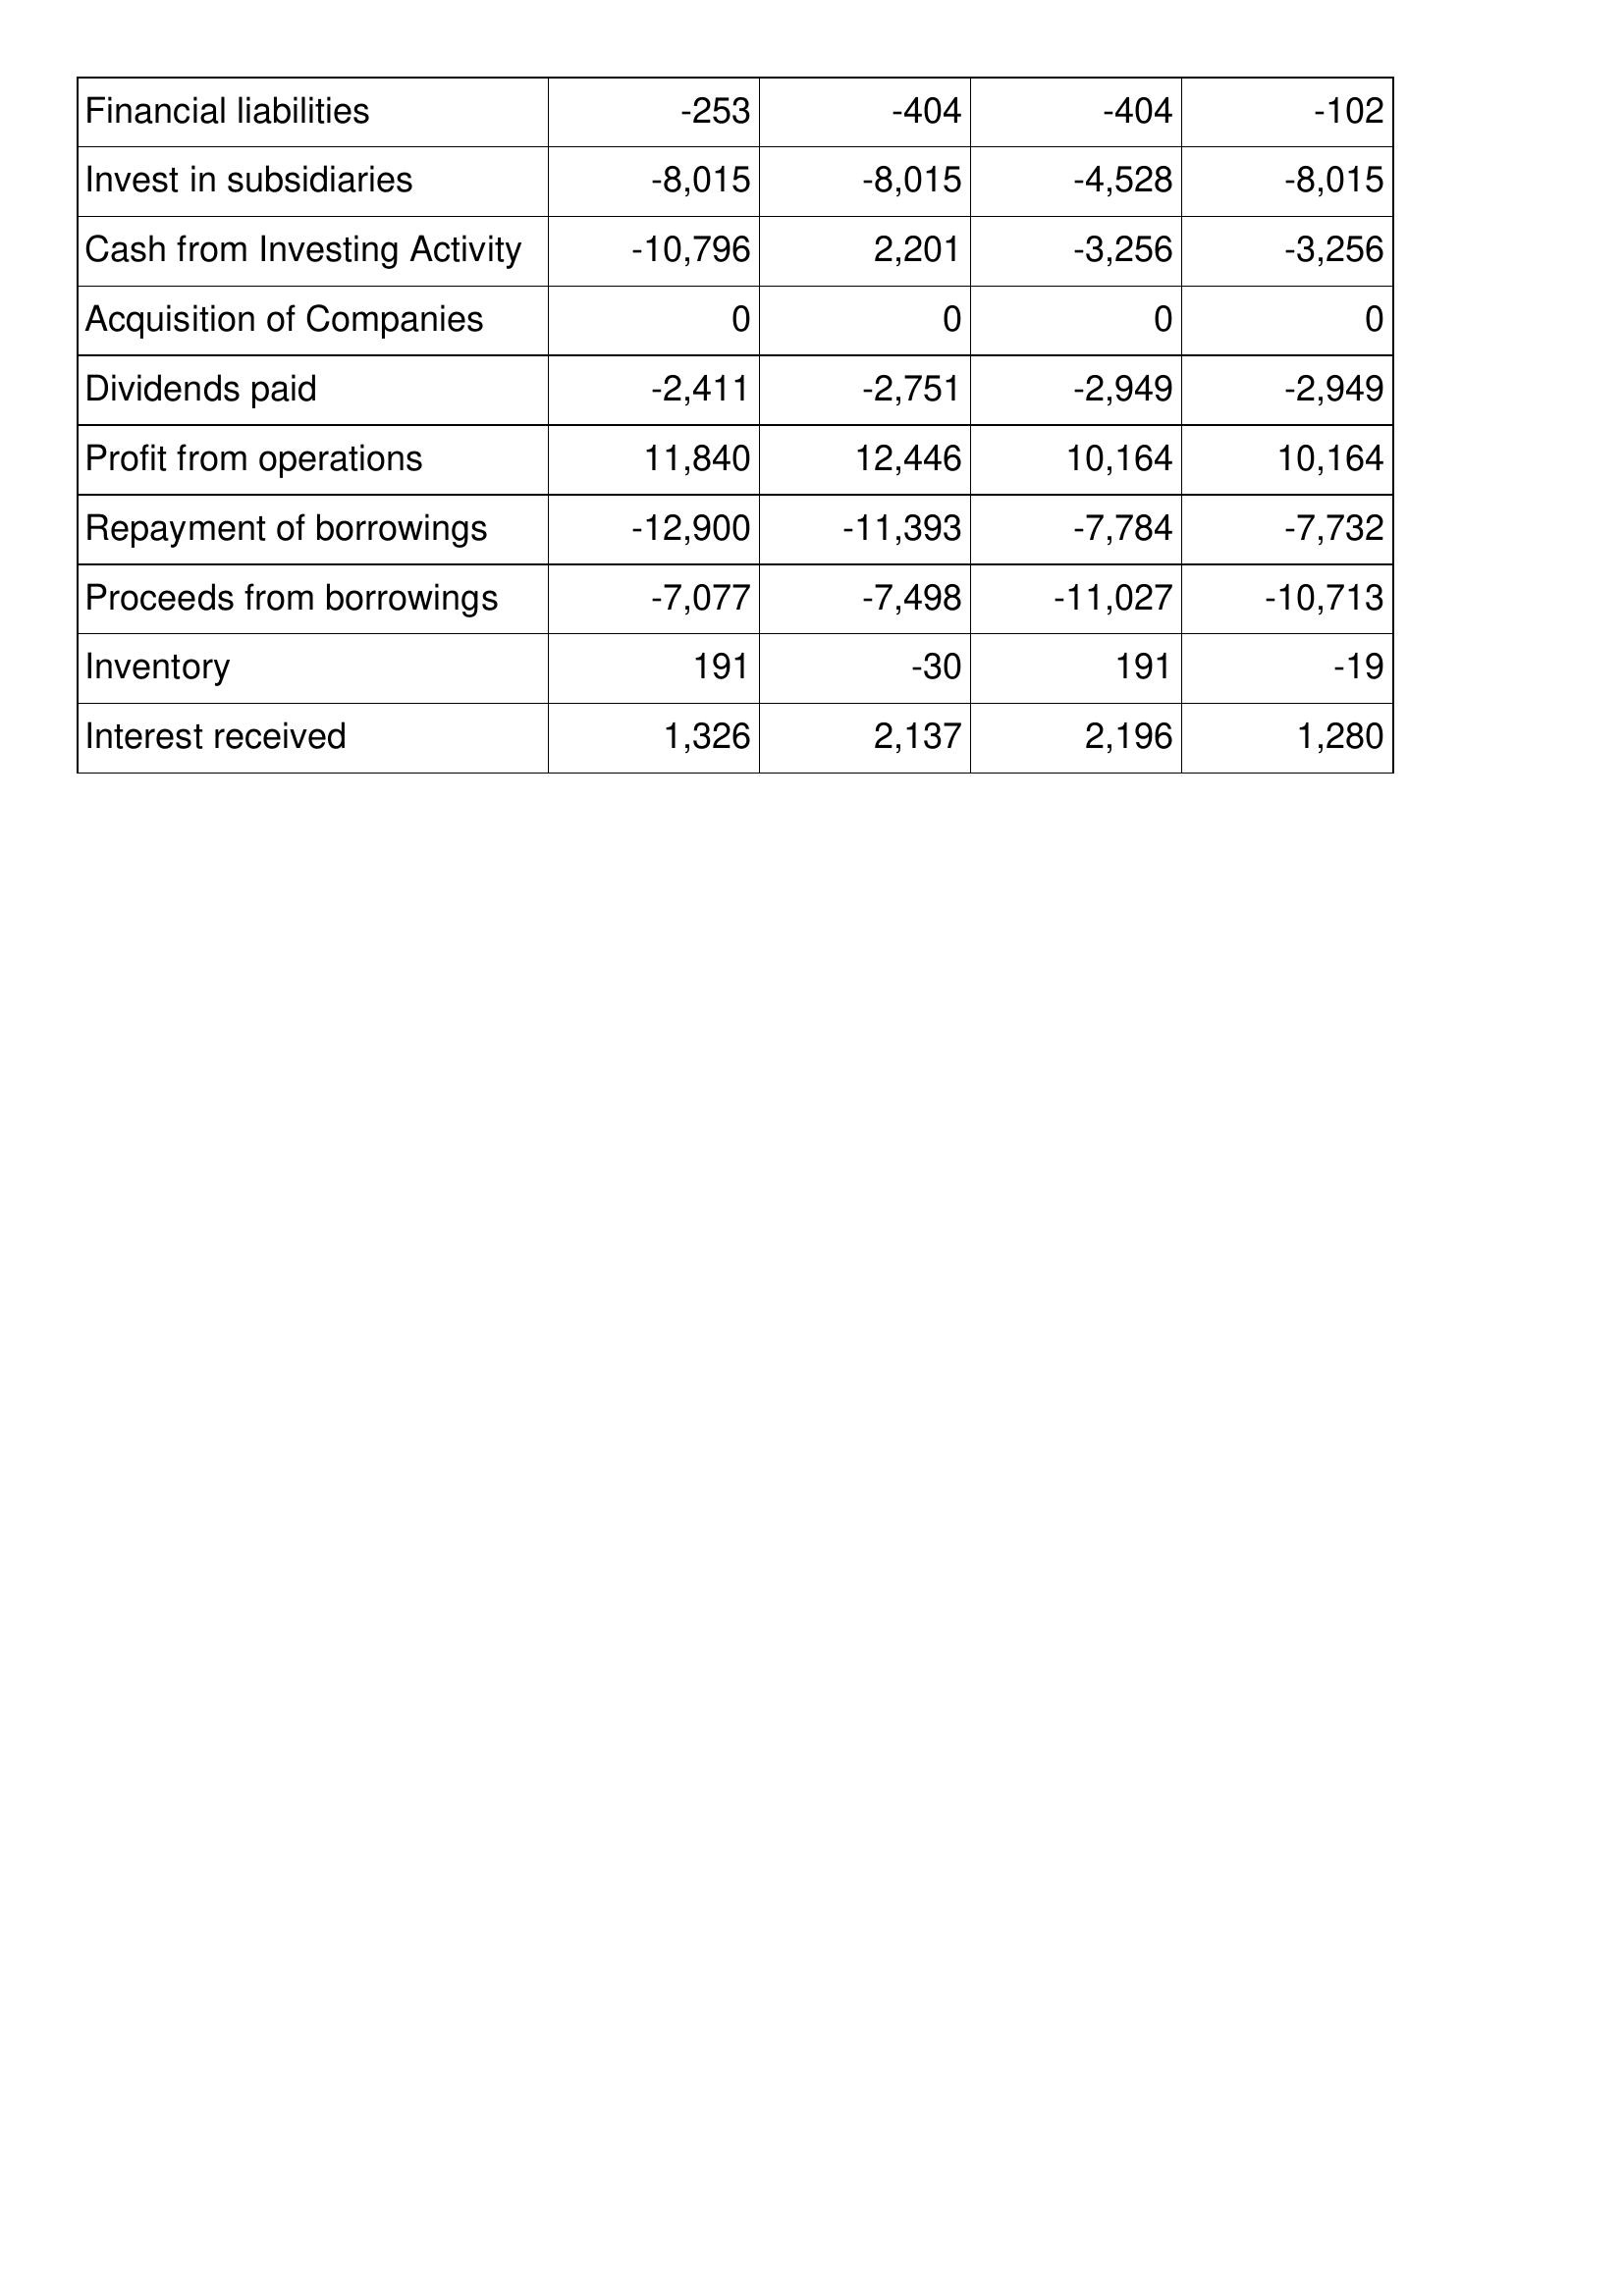
Jan-13: Cash Flows: Financial liabilities: -253
Invest in subsidiaries: -8,015
Cash from Investing Activity: -10,796
Acquisition of Companies: 0
Dividends paid: -2,411
Profit from operations: 11,840
Repayment of borrowings: -12,900
Proceeds from borrowings: -7,077
Inventory: 191
Interest received: 1,326
Jan-12: Cash Flows: Financial liabilities: -404
Invest in subsidiaries: -8,015
Cash from Investing Activity: 2,201
Acquisition of Companies: 0
Dividends paid: -2,751
Profit from operations: 12,446
Repayment of borrowings: -11,393
Proceeds from borrowings: -7,498
Inventory: -30
Interest received: 2,137
Jan-11: Cash Flows: Financial liabilities: -404
Invest in subsidiaries: -4,528
Cash from Investing Activity: -3,256
Acquisition of Companies: 0
Dividends paid: -2,949
Profit from operations: 10,164
Repayment of borrowings: -7,784
Proceeds from borrowings: -11,027
Inventory: 191
Interest received: 2,196
Jan-10: Cash Flows: Financial liabilities: -102
Invest in subsidiaries: -8,015
Cash from Investing Activity: -3,256
Acquisition of Companies: 0
Dividends paid: -2,949
Profit from operations: 10,164
Repayment of borrowings: -7,732
Proceeds from borrowings: -10,713
Inventory: -19
Interest received: 1,280